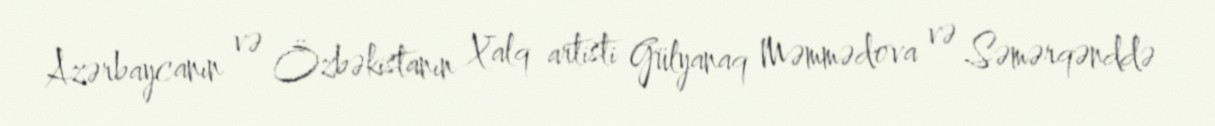
Azərbaycanın və Özbəkistanın Xalq artisti Gülyanaq Məmmədova və Səmərqənddə